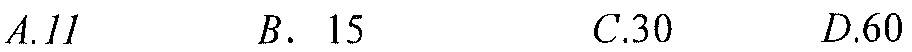
\(A.11\quad B.\ 15\quad C.30\quad D.60\)